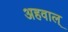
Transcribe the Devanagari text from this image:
अहवाल्